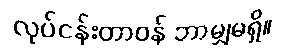
လုပ်ငန်းတာဝန် ဘာမျှမရှိ။